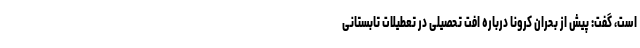
است، گفت: پیش از بحران کرونا درباره افت تحصیلی در تعطیلات تابستانی